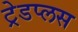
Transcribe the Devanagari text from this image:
ट्रेडप्लस